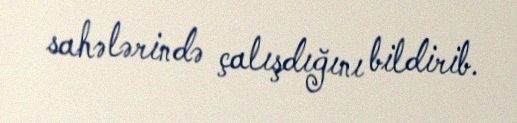
sahələrində çalışdığını bildirib.